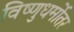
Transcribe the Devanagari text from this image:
विष्णुधर्मोतर